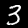
Digit: 3